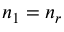
n _ { 1 } = n _ { r }